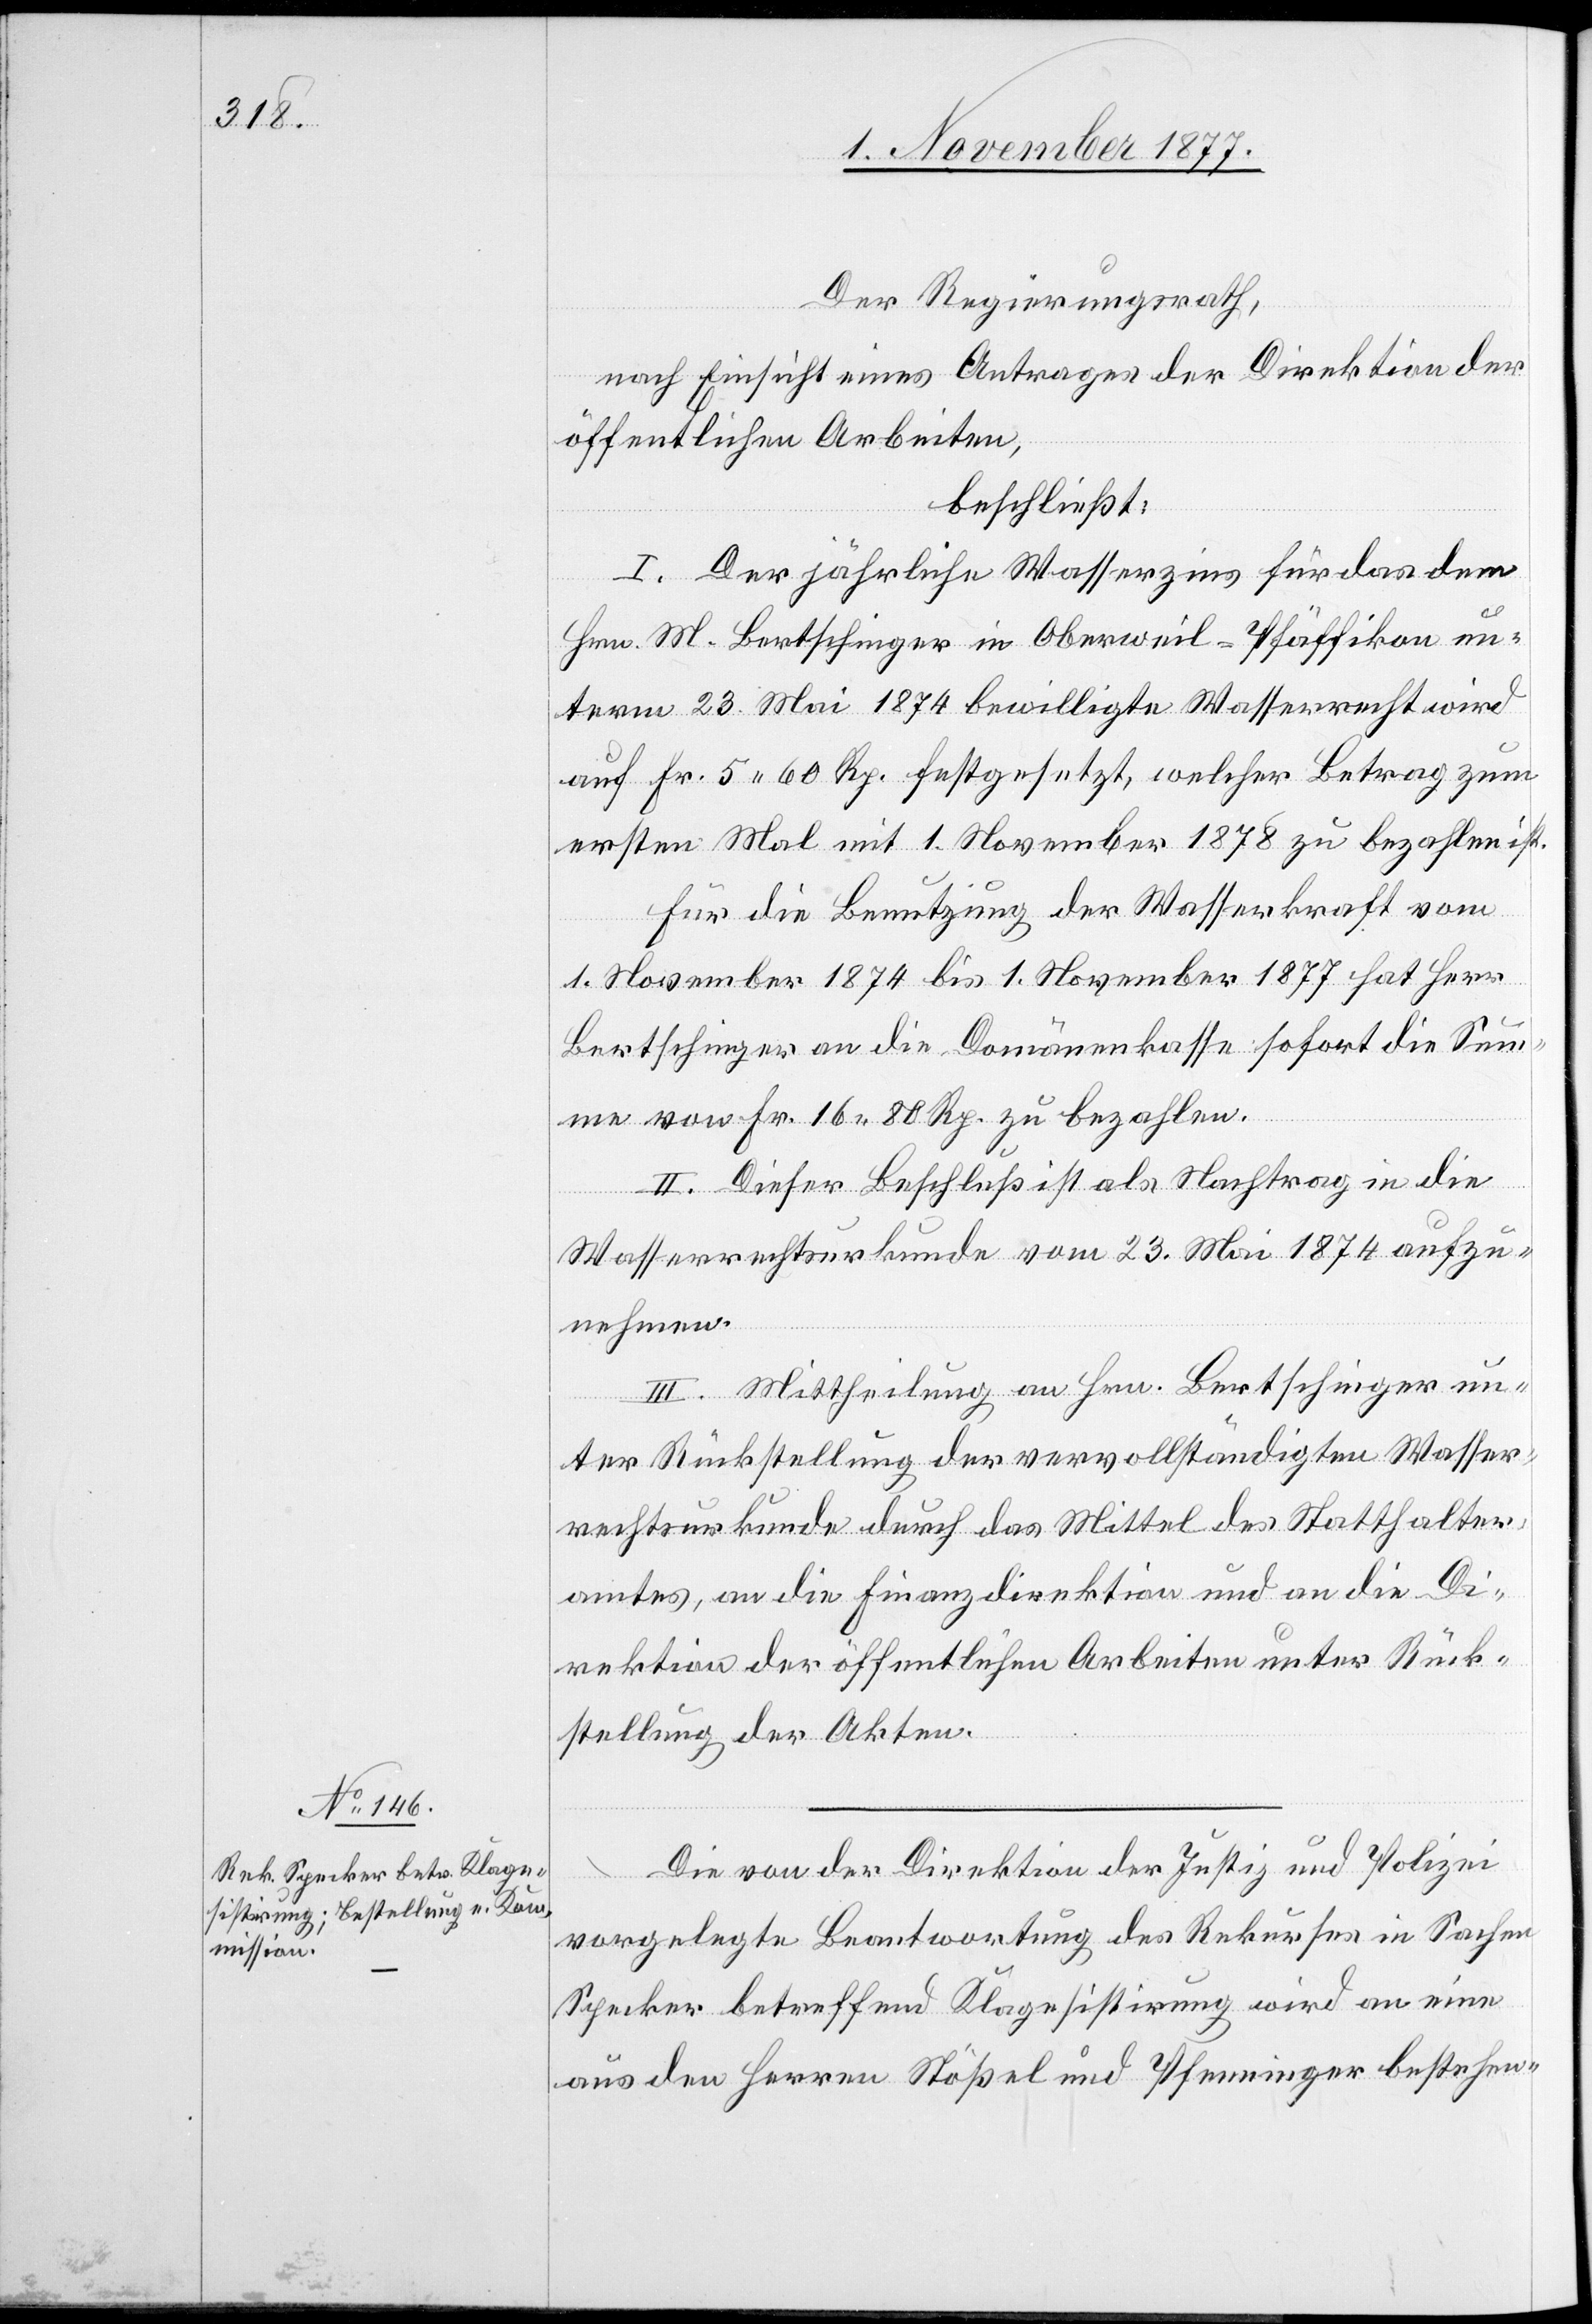
Der Regierungsrath,
nach Einsicht eines Antrages der Direktion der
öffentlichen Arbeiten,
beschließt:
I. Der jährliche Wasserzins für das dem
Hrn. M. Bertschinger in Oberweil - Pfäffikon un¬
term 23. Mai 1874 bewilligte Wasserrecht wird
auf Fr. 5 60 Rp. festgesetzt, welcher Betrag zum
ersten Mal mit 1. November 1878 zu bezahlen ist.
Für die Benutzung der Wasserkraft vom
1. November 1874 bis 1. November 1877 hat Herr
Bertschinger an die Domänenkasse sofort die Sum¬
me von Fr. 16 80 Rp. zu bezahlen.
II. Dieser Beschluß ist als Nachtrag in die
Wasserrechtsurkunde vom 23. Mai 1874 aufzu¬
nehmen.
III. Mittheilung an Hrn. Bertschinger un¬
ter Rückstellung der vervollständigten Wasser¬
rechtsurkunde durch das Mittel des Statthalter¬
amtes, an die Finanzdirektion und an die Di¬
rektion der öffentlichen Arbeiten unter Rück¬
stellung der Akten.
Die von der Direktion der Justiz und Polizei
vorgelegte Beantwortung des Rekurses in Sachen
Specker betreffend Klagesistirung wird an eine
aus den Herrn Stößel und Pfenninger bestehen-